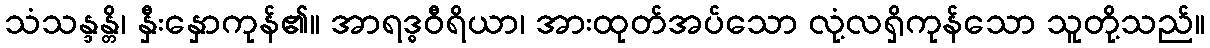
သံသန္ဒန္တိ၊ နှီးနှောကုန်၏။ အာရဒ္ဓဝီရိယာ၊ အားထုတ်အပ်သော လုံ့လရှိကုန်သော သူတို့သည်။